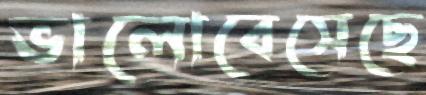
ভালোবেসেছে